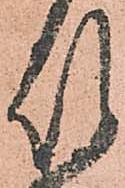
殿